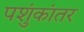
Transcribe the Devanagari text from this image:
पशुंकांतर